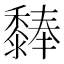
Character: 𪐃